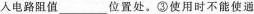
入电路阻值___位置处。③使用时不能使通